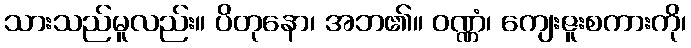
သားသည်မူလည်း။ ပိတုနော၊ အဘ၏။ ဝဏ္ဏံ၊ ကျေးဇူးစကားကို၊